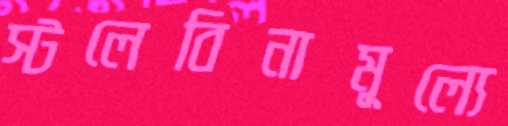
স্টলেবিনামূল্যে